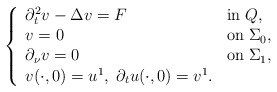
\begin{align*}\left\{\begin{array}{lll}\partial _t^2 v - \Delta v = F \;\; &\textrm{in}\; Q, \\v = 0 &\textrm{on}\; \Sigma _0, \\\partial _\nu v =0 &\textrm{on}\; \Sigma _1, \\v(\cdot ,0) = u^1,\; \partial_t u (\cdot ,0) = v^1.\end{array}\right.\end{align*}